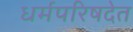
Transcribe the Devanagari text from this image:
धर्मपरिषदेत